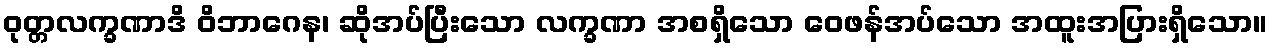
ဝုတ္တလက္ခဏာဒိ ဝိဘာဂေန၊ ဆိုအပ်ပြီးသော လက္ခဏာ အစရှိသော ဝေဖန်အပ်သော အထူးအပြားရှိသော။